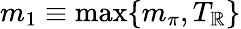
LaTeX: m_{1}\equiv\operatorname*{max}\{ m_{\pi},T_{\mathbb{R}}\}